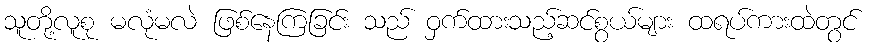
သူတို့လူစု မလုံမလဲ ဖြစ်နေကြခြင်း သည် ဝှက်ထားသည့်ဆင်စွယ်များ ထရပ်ကားထဲတွင်